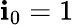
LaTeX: \textbf{i}_{0}=1